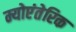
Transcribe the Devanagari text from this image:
म्योएंतेरिक